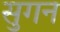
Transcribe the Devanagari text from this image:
सुगन